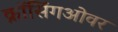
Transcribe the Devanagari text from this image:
क्रॉसिंगओवर